Vaccination in Bombay 1863-1868 - 1863-1868
Year: 1863
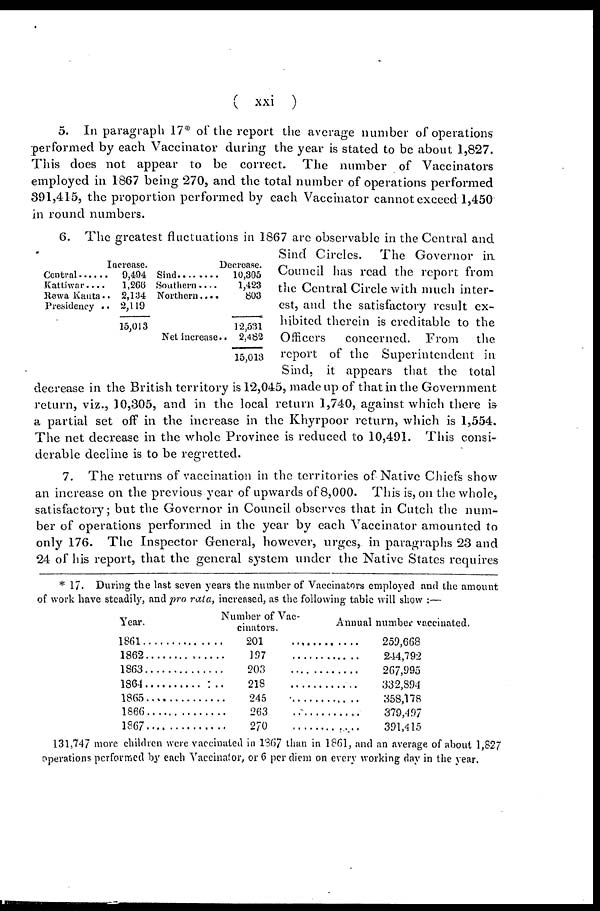
( xxi )
5. In paragraph 17* of the report the average number of operations
performed by each Vaccinator during the year is stated to be about 1,827.
This does not appear to be correct. The number of Vaccinators
employed in 1867 being 270, and the total number of operations performed
391,415, the proportion performed by each Vaccinator cannot exceed 1,450
in round numbers.
Increase.
Central . . . . . .
Kattiwar . . . .
Rewa Kanta . .
Presidency . .
9,494
1,266
2,134
2,119
15,013
Decrease.
Sind . . . . . . . .
Southern
. . . .
Northern . . . .
Net increase..
10,305
1,423
803
12,531
2,482
15,013
6. The greatest fluctuations in 1867 are observable in the Central and
Sind Circles. The Governor in
Council has read the report from
the Central Circle with much inter-
est, and the satisfactory result ex-
hibited therein is creditable to the
Officers
concerned. From
the
report of the Superintendent in
Sind, it appears that the total
decrease in the British territory is 12,045, made up of that in the Government
return, viz., 10,305, and in the local return 1,740, against which there is
a partial set off in the increase in the Khyrpoor return, which is 1,554.
The net decrease in the whole Province is reduced to 10,491. This consi-
derable decline is to be regretted.
7. The returns of vaccination in the territories of Native Chiefs show
an increase on the previous year of upwards of 8,000. This is, on the whole,
satisfactory; but the Governor in Council observes that in Cutch the num-
ber of operations performed in the year by each Vaccinator amounted to
only 176. The Inspector General, however, urges, in paragraphs 23 and
24 of his report, that the general system under the Native States requires
* 17. During the last seven years the number of Vaccinators employed and the amount
of work have steadily, and pro rata, increased, as the following table will show :—
Year.
1861. . . . . . . . . . . .
1862 . . . . . . . . . . . .
1863 . . . . . . . . . . . .
1864 . . . . . . . . . . . .
1865 . . . . . . . . . . . .
1866 . . . . . . . . . . . .
1867 . . . . . . . . . . . .
Number of Vac-
cinators.
201 . . . . . . . . . . .
197 . . . . . . . . . . . .
203 . . . . . . . . . . . .
218 . . . . . . . . . . . .
245 . . . . . . . . . . . .
236 . . . . . . . . . . . .
270 . . . . . . . . . . . .
Annual number vaccinated.
259,668
244,792
267,995
332,894
358,178
379,497
391,415
131,747 more children were vaccinated in 1867 than in 1861, and an average of about 1,827
operations performed by each Vaccinator, or 6 per diem on every working day in the year.